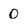
Character: 0